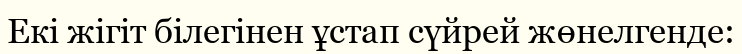
Екі жігіт білегінен ұстап сүйрей жөнелгенде: